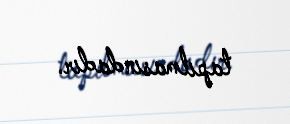
tapılmasındadır.